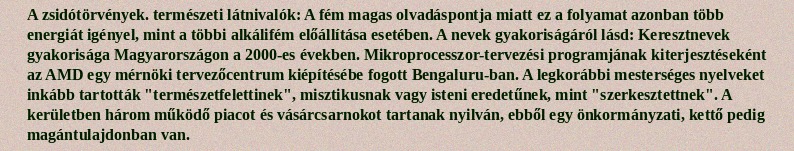
A zsidótörvények. természeti látnivalók: A fém magas olvadáspontja miatt ez a folyamat azonban több energiát igényel, mint a többi alkálifém előállítása esetében. A nevek gyakoriságáról lásd: Keresztnevek gyakorisága Magyarországon a 2000-es években. Mikroprocesszor-tervezési programjának kiterjesztéseként az AMD egy mérnöki tervezőcentrum kiépítésébe fogott Bengaluru-ban. A legkorábbi mesterséges nyelveket inkább tartották "természetfelettinek", misztikusnak vagy isteni eredetűnek, mint "szerkesztettnek". A kerületben három működő piacot és vásárcsarnokot tartanak nyilván, ebből egy önkormányzati, kettő pedig magántulajdonban van.